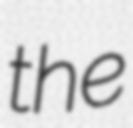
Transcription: the